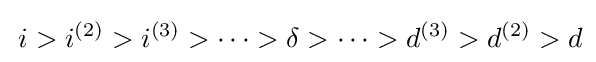
\,i>i^{(2)}>i^{(3)}>\cdots >\delta >\cdots >d^{(3)}>d^{(2)}>d